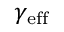
\gamma _ { \mathrm { e f f } }